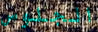
الجلوس